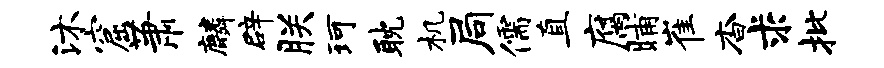
沐窟萧麟辟朕珂耽机局儒直腐晡崔杳求批